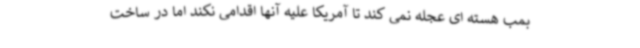
بمب هسته ای عجله نمی کند تا آمریکا علیه آنها اقدامی نکند اما در ساخت